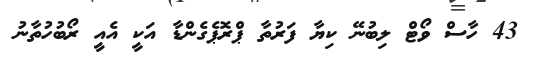
43 ހާސް ވޯޓް ލިބުނޭ ކިޔާ ފަރުތާ ޕްރޮޕެގެންޑާ އަކީ އެއީ ރޯބުހުތާނު